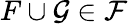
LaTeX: F\cup\mathcal{G}\in{\mathcal{{F}}}